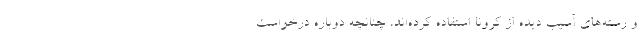
و رسته‌های آسیب دیده از کرونا استفاده کرده‌اند، چنانچه دوباره درخواست